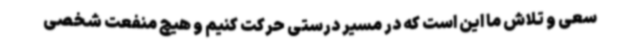
سعی و تلاش ما این است که در مسیر درستی حرکت کنیم و هیچ منفعت شخصی